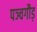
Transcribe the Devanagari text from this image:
पञ्चगौड़